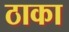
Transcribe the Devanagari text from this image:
ठाका